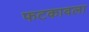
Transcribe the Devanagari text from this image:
फटकावला